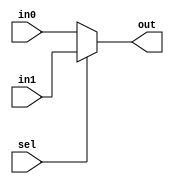
// https://www.jdoodle.com/execute-verilog-online/
// Test module!

`define	NumBits	16


module mux_2_to_1 (in0, in1, sel,
                   out);
    input wire [`NumBits-1:0] in0;
    input wire [`NumBits-1:0] in1;
    input wire sel;
    output wire [`NumBits-1:0] out;

    assign out = sel ? in1 : in0;

endmodule


module mux_3_to_1 (in0, in1, in2, sel,
                   out);
    input wire [`NumBits-1:0] in0;
    input wire [`NumBits-1:0] in1;
    input wire [`NumBits-1:0] in2;
    input wire [1:0] sel;
    output wire [`NumBits-1:0] out;

    assign out = sel[1] ? in2 : (sel[0] ? in1 : in0);

endmodule


module jdoodle;

    reg [`NumBits-1:0] in0;
    reg [`NumBits-1:0] in1;
    reg [`NumBits-1:0] in2;
    reg [1:0] sel;
    wire [`NumBits-1:0] out;
    
    mux_3_to_1 mux31(in0, in1, in2, sel, out);

    initial begin
        $display ("Welcome to JDoodle!!!");
        
        in0 = 10;
        in1 = 20;
        in2 = 30;
        
        sel = 0;
        #2 $display ("%d", out);

        sel = 1;
        #2 $display ("%d", out);

        sel = 2;
        #2 $display ("%d", out);
        
        $finish;
    end
endmodule